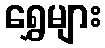
ရွှေများ